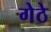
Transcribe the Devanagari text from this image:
गेठे